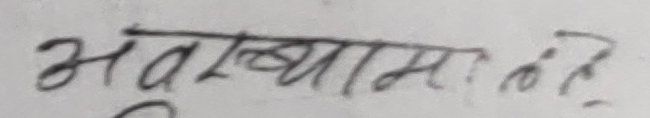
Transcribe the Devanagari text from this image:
अवस्थाभः ८ ई